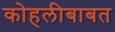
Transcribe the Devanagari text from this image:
कोहलीबाबत